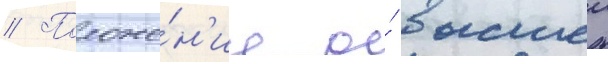
// Положе́н'ие о́ высшеи